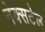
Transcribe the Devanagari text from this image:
नेक्सटेल